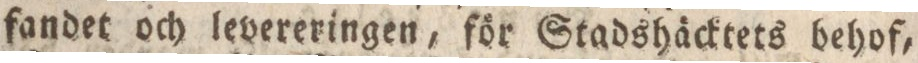
fandet och levereringen, för Stadshäcktets behof,